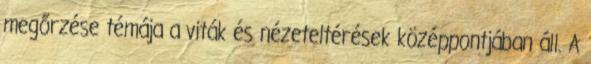
megőrzése témája a viták és nézeteltérések középpontjában áll. A